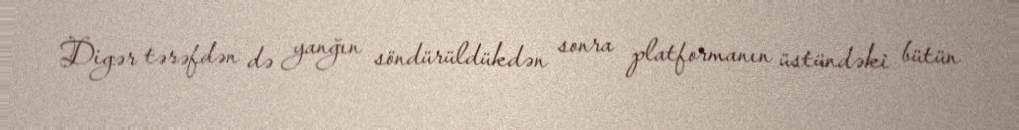
Digər tərəfdən də yanğın söndürüldükdən sonra platformanın üstündəki bütün